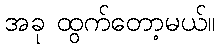
အခု ထွက်တော့မယ်။